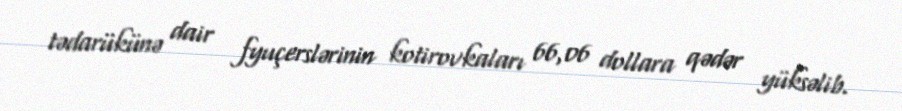
tədarükünə dair fyuçerslərinin kotirovkaları 66,06 dollara qədər yüksəlib.